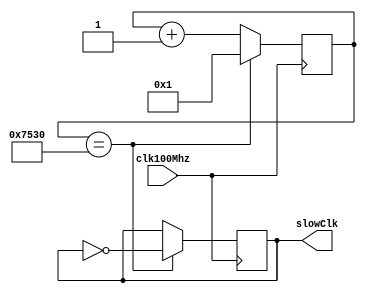
module divider_min (clk100Mhz, slowClk);
  input clk100Mhz; //fast clock
  output reg slowClk; //slow clock

  reg[27:0] counter;

  initial begin
    counter = 0;
    slowClk = 0;
  end

  always @ (posedge clk100Mhz)
  begin
    if(counter == 30000) begin
      counter <= 1;
      slowClk <= ~slowClk;
    end
    else begin
      counter <= counter + 1;
    end
  end

endmodule